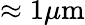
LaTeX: \approx 1\mu\mathrm{m}